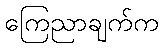
ကြေညာချက်က